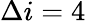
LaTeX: \Delta i=4